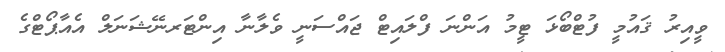
ވީއިރު ޤައުމީ ފުޓްބޯޅަ ޓީމު އަންނަ ފްލައިޓް ޖައްސަނީ ވެލާނާ އިންޓަރނޭޝަނަލް އެއާޕޯޓްގެ